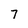
Character: 7